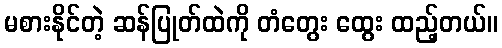
မစားနိုင်တဲ့ ဆန်ပြုတ်ထဲကို တံတွေး ထွေး ထည့်တယ်။